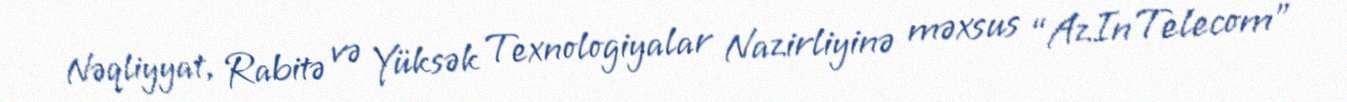
Nəqliyyat, Rabitə və Yüksək Texnologiyalar Nazirliyinə məxsus “AzInTelecom”